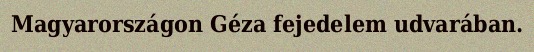
Magyarországon Géza fejedelem udvarában.